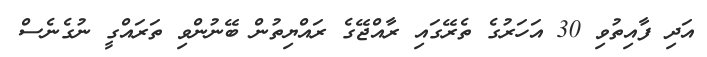
އަދި ފާއިތުވި 30 އަހަރުގެ ތެރޭގައި ރާއްޖޭގެ ރައްޔިތުން ބޭނުންވި ތަރައްގީ ނުގެނެސް